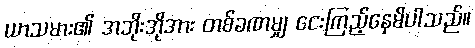
ယာသမား၏ အဘိုးအိုအား တစ်ခဏမျှ ငေးကြည့်နေမိပါသည်။